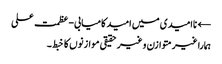
← ناامیدی میں امید کامیابی-عظمت علی
ہمارا غیر متوازن و غیر حقیقی موازنوں کا خبط ۔